Annual report on the working of the mental hospitals in the Madras Presidency - 1912-1932
Year: 1912
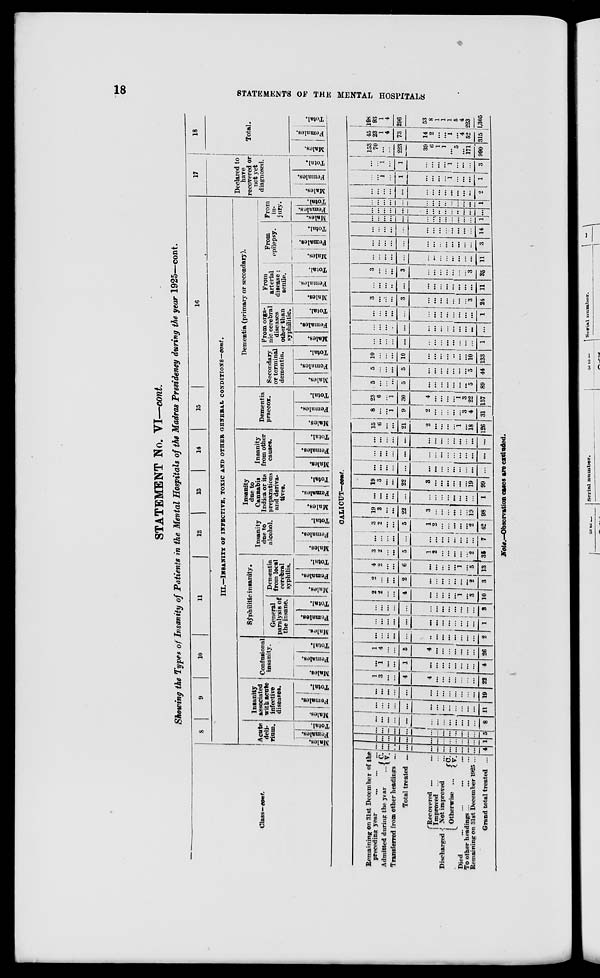
18
STATEMENTS OF THE MENTAL HOSPITALS
STATEMENT No. VI—cont.
Showing the Types of Insanity of Patients in the Mental Hospitals of the Madras Presidency during the year 1925—cont.
Class—cont.
8
9
10
11
12
13
14
15
16
III.—INSANITY OF INFECTIVE, TOXIC AND OTHER GENERAL CONDITIONS—cont.
(Acute
deli-
rium.
Males.
Females.
Total.
Insanity
associated
with acute
infective
diseases.
Males.
Females.
Total.
Confusional
insanity.
Males.
Females.
Total.
Syphilitic insanity.
General
paralysis of
the insane.
Males.
Females.
Total.
Dementia
from local
cerebral
syphilis.
Males.
Females.
Total.
Insanity
due to
alcohol.
Males.
Females.
Total.
Insanity
due to
Cannabis
Indica or its
preparations
and deriva-
tives.
Males.
Females.
Total.
Insanity
from other
causes.
Males.
Females.
Total.
Dementia
praecox.
Males.
Females.
Total.
Dementia (primary or secondary).
Secondary
or terminal
dementia.
Males.
Females.
Total.
From orga-
nic cerebral
diseases
other than
syphilitic.
Males.
Females.
Total.
From
arterial
disease ;
senile.
Males.
Females.
Total.
From
epilepsy.
Males.
Females.
Total.
From
in-
jury.
Males.
Females.
Total.
17
Declared to
have
recovered or
not yet
diagnosed.
Males.
Females.
Total.
18
Total.
Males.
Females.
Total.
CALICUT—cont.
Remaining on 31st December of the
preceding year
...
...
...
Admitted during the year ...
C. V.
Transferred from other headings ...
Total treated ...
Discharged
Recovered ... ...
Improved ... ...
Not improved ...
Otherwise ...
C.
V.
Died
...
...
...
...
To other headings ...
...
...
Remaining on 31st December 1925 ...
Grand total treated ...
...
...
...
...
...
...
...
...
...
...
...
...
...
4
...
...
...
...
...
...
...
...
...
...
...
...
...
1
...
...
...
...
...
...
...
...
...
...
...
...
...
5
...
...
...
...
...
...
...
...
...
...
...
...
...
8
...
...
...
...
...
... ...
...
...
...
...
...
...
11
... ...
...
...
...
...
...
...
...
...
...
...
...
19
1
3
...
...
4
4
...
...
...
...
...
...
...
22
...
1
...
...
1
...
...
...
...
...
...
...
...
4
1
4
...
...
5
4
...
...
...
...
...
...
...
26
...
...
...
...
...
...
...
...
...
...
...
...
...
2
...
...
...
...
...
...
...
...
...
...
...
...
...
1
...
...
...
...
...
...
...
...
...
...
...
...
...
3
2
2
...
...
4
...
...
...
...
... 1
...
3
10
2
...
...
...
2
...
...
...
...
...
...
...
2
3
4
2
...
...
6
...
...
...
...
... 1
...
5
13
3
2
...
...
5
1
2
...
...
...
...
... 2
35
...
...
...
...
...
...
...
...
...
...
...
...
...
7
3
2
...
...
5
1
2
...
...
...
...
...
2
42
19
3
...
...
22
3
...
...
...
...
...
...
19
98
... ...
...
...
...
...
...
...
...
...
...
...
...
1
19
3
...
...
22
3
...
...
...
...
...
...
19
99
...
...
...
...
...
...
...
...
...
...
...
...
...
...
...
...
...
...
...
...
...
...
...
...
...
...
...
...
...
...
...
...
...
...
...
...
...
...
...
...
...
...
15
6
...
...
21
2
...
...
...
...
1
...
18
126
8
...
...
1
9
2
...
...
...
...
...
3
4
31
23
6
...
1
30
4
...
...
...
... 1
3
22
157
5
...
...
...
5
...
...
...
...
...
...
...
5
89
5
...
...
...
5
...
...
...
...
...
...
...
5
44
10
...
...
...
10
...
...
...
...
...
...
...
10
133
...
...
...
...
...
...
...
...
...
...
...
...
...
1
...
...
...
...
...
...
...
...
...
...
...
...
...
...
...
...
...
...
...
...
...
...
...
...
...
...
...
1
3
...
...
...
3
...
...
...
...
...
...
...
3
24
...
...
...
...
...
...
...
...
...
...
...
...
...
11
3
...
...
...
3
...
...
...
...
...
...
...
3
35
...
...
...
...
...
...
...
...
...
...
...
...
...
11
...
...
...
...
...
...
...
...
...
...
...
...
...
3
...
...
...
...
...
...
...
...
...
...
...
...
...
14
...
...
...
...
...
...
...
...
...
...
...
...
...
1
...
...
...
...
...
...
...
...
...
...
...
...
...
...
...
...
...
...
...
...
...
...
...
...
...
...
...
1
...
...
...
...
...
...
...
...
...
...
...
...
...
2
...
...
1
...
1
...
...
...
...
1
...
...
...
1
...
...
1
...
1
...
...
...
...
1 ...
...
...
3
153
70
...
...
223
39
6
1
1
... 5
...
171
990
45
23
1
4
73
14
2
...
...
1
...
4
52
315
198
93
1
4
296
53
8
1
1
1
5
4
223
1,305
Note.—Observation cases are excluded.